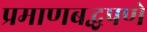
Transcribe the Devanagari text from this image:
प्रमाणबद्धपणे